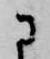
に